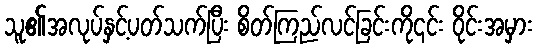
သူ၏အလုပ်နှင့်ပတ်သက်ပြီး စိတ်ကြည်လင်ခြင်းကို၎င်း ဝိုင်းအမှား